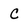
Character: C